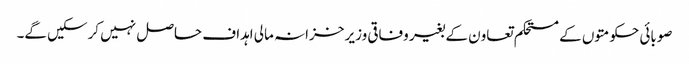
صوبائی حکومتوں کے مستحکم تعاون کے بغیر وفاقی وزیر خزانہ مالی اہداف حاصل نہیں کرسکیں گے۔